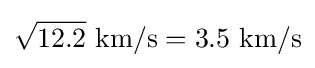
{\sqrt {12.2}}{\text{ km/s}}=3.5{\text{ km/s}}